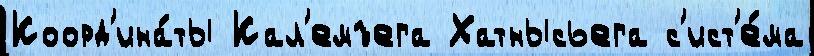
Коорд'ина́ты Кал'емъега Хатнысьега с'ист'е́ма